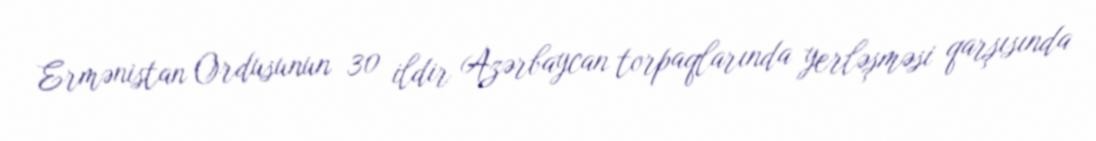
Ermənistan Ordusunun 30 ildir Azərbaycan torpaqlarında yerləşməsi qarşısında